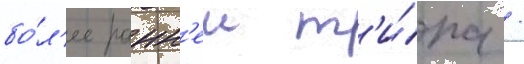
бо́л'ее ранн'еи т'и́па /